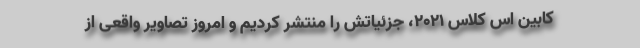
کابین اس کلاس 2021، جزئیاتش را منتشر کردیم و امروز تصاویر واقعی از